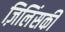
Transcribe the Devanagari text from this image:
ज़िलिंसकी